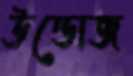
উন্ডোজ